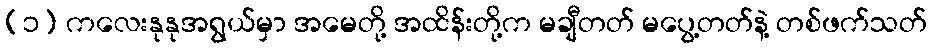
(၁) ကလေးနုနုအရွယ်မှာ အမေတို့ အထိန်းတို့က မချီတတ် မပွေ့တတ်နဲ့ တစ်ဖက်သတ်